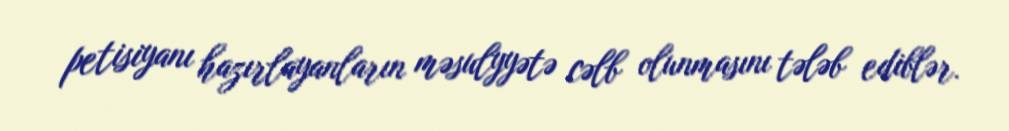
petisiyanı hazırlayanların məsulyyətə cəlb olunmasını tələb ediblər.